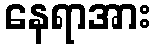
နေရာအား